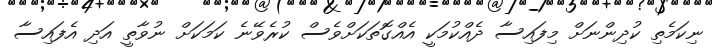
ނިކަމެތި ކުދިންނަށް މިފައިސާ ދެއްކުމަކީ އެއްގޮތަކަށްވެސް ކުރެވޭނެ ކަމަކަށް ނުވާތީ އަދި އެފައިސާ